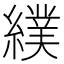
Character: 𦄾